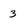
Character: 3